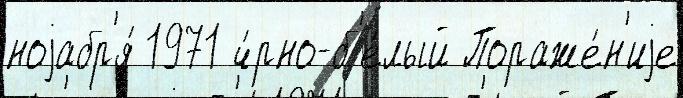
ноjабр'я́ 1971 ч́рно-б'е́лый Пораже́н'иjе